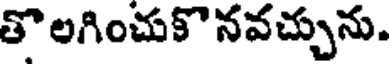
తొలగించుకొనవచ్చును.